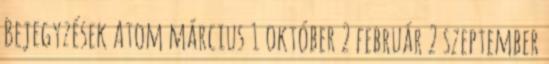
Bejegyzések Atom március 1 október 2 február 2 szeptember